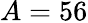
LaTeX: A=56